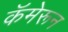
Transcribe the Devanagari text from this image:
कॅमेरून